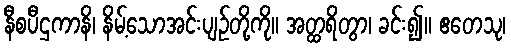
နီစပီဌကာနိ၊ နိမ့်သောအင်းပျဉ်တို့ကို။ အတ္ထရိတွာ၊ ခင်း၍။ ဧတေသု၊